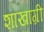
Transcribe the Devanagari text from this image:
शाखाग्री